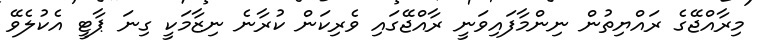
މިރާއްޖޭގެ ރައްޔިތުން ނިންމާފައިވަނީ ރާއްޖޭގައި ވެރިކަން ކުރާނެ ނިޒާމަކީ ގިނަ ޕާޓީ އެކުލެވޭ